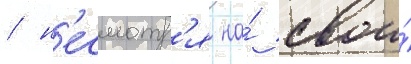
/ н'есмотр'я на́ свои́